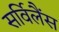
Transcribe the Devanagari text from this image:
सर्विलैंस